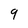
Character: 9